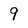
Character: 9